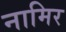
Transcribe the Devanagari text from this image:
नामिर